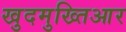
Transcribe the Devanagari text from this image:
खुदमुख्तिआर